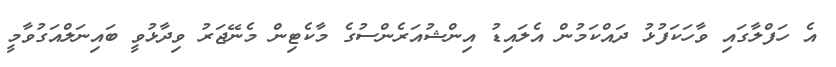
އެ ހަފްލާގައި ވާހަކަފުޅު ދައްކަމުން އެލައިޑު އިންޝުއަރެންސުގެ މާކެޓިން މެނޭޖަރު ވިދާޅުވީ ބައިނަލްއަގުވާމީ